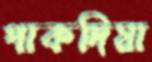
পাকদিয়া